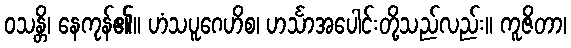
ဝသန္တိ၊ နေကုန်၏။ ဟံသပူဂေဟိစ၊ ဟင်္သာအပေါင်းတို့သည်လည်း။ ကူဇိတာ၊